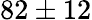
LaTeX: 82\pm 12